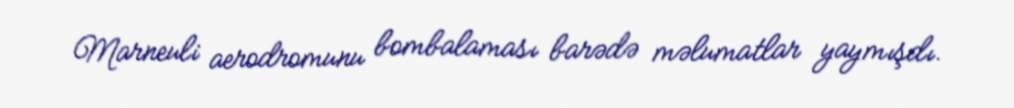
Marneuli aerodromunu bombalaması barədə məlumatlar yaymışdı.